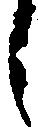
し